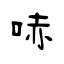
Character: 哧